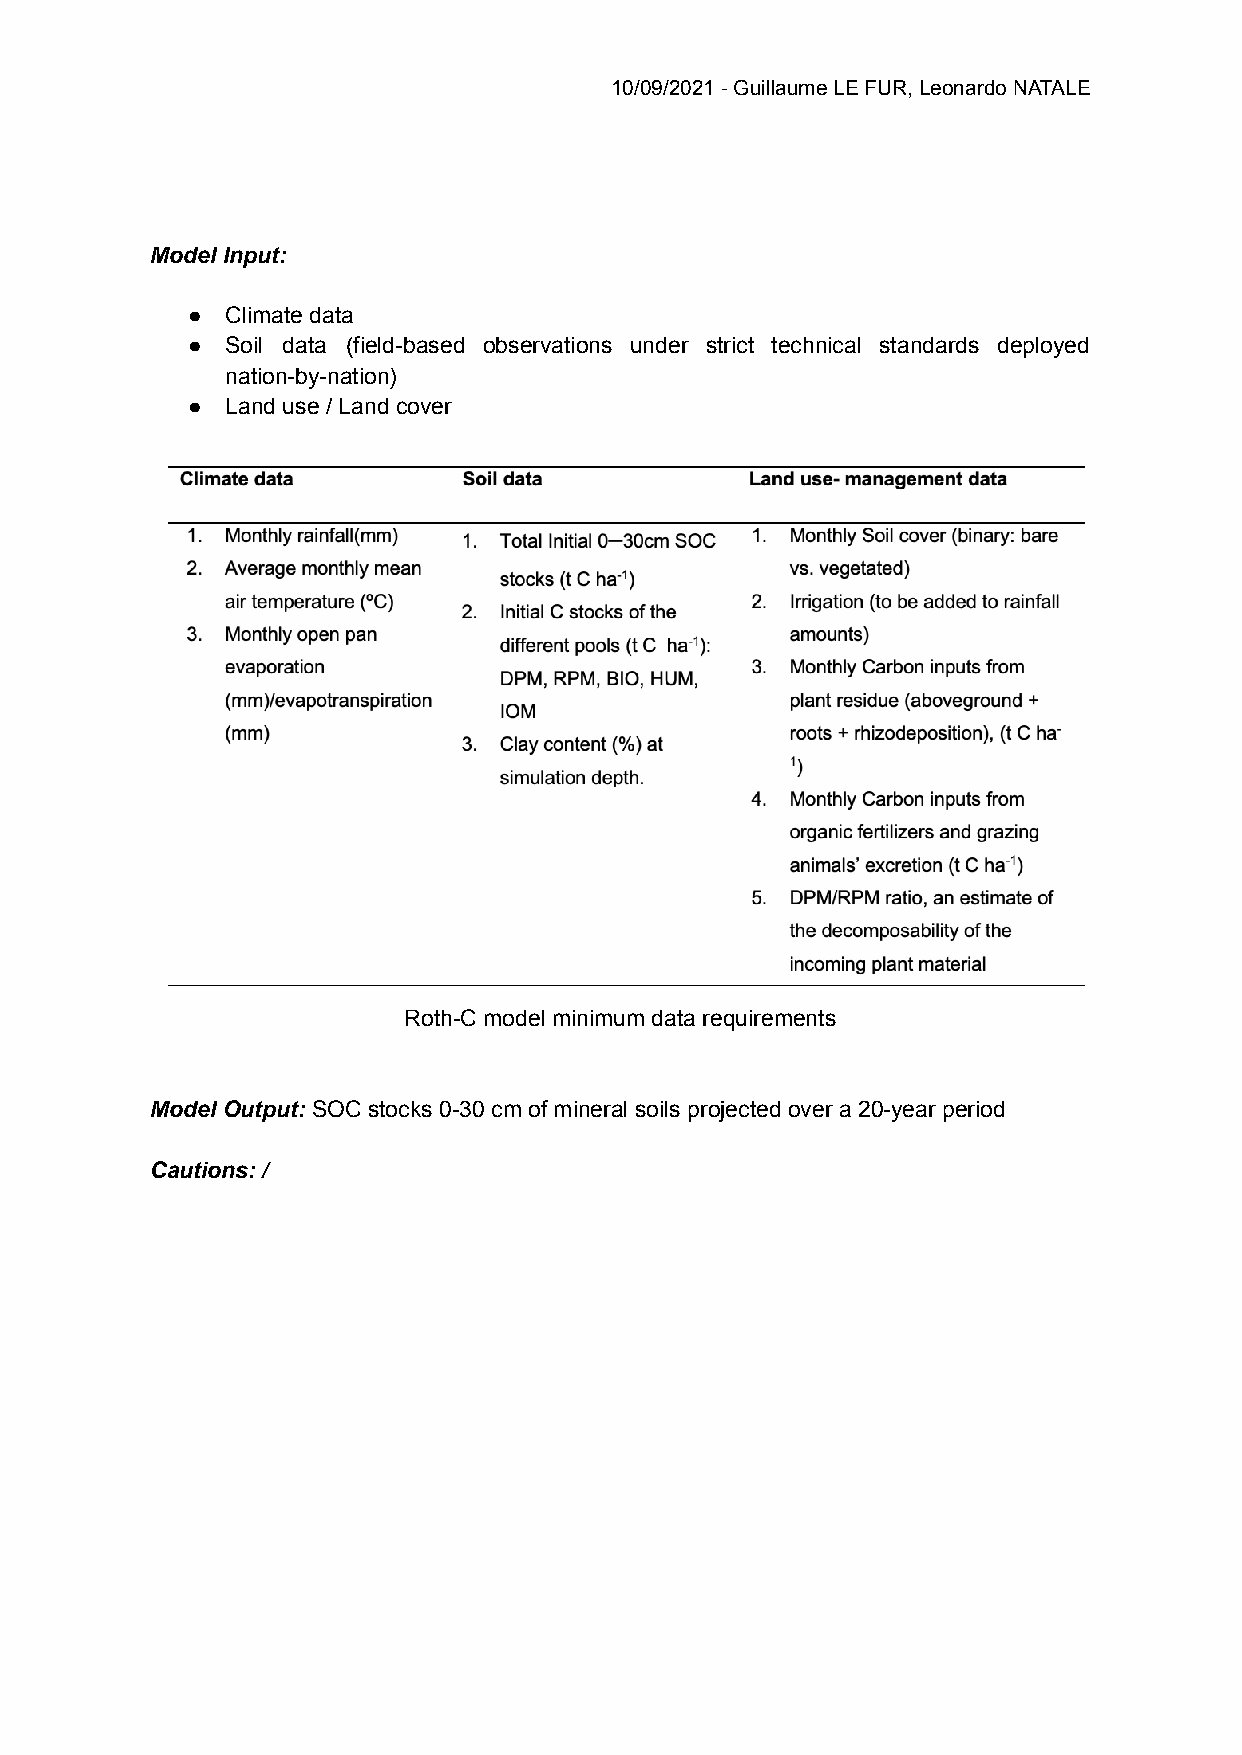
10/09/2021 - Guillaume LE FUR, Leonardo NATALE
 Model Input:
 ●  Climate data
 ●  Soil data (field-based observations under strict technical standards deployed
 nation-by-nation)
 ●  Land use / Land cover
 Roth-C model minimum data requirements
 Model Output: SOC stocks 0-30 cm of mineral soils projected over a 20-year period
 Cautions: /